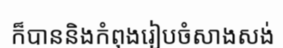
ក៏បាននិងកំពុងរៀបចំសាងសង់